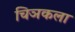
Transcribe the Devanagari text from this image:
चिञकला